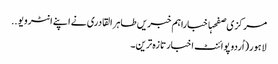
مرکزی صفحہاخباراہم خبریں طاہر القادری نے اپنے انٹرویو ..
لاہور(اُردو پوائنٹ اخبارتازہ ترین۔